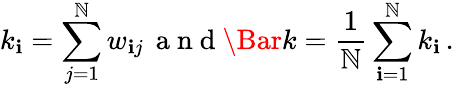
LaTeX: k_{\mathbf{i}}=\sum_{j=1}^{\mathbb{N}}w_{\mathbf{i}j}\, \mathrm{{~a~n~d~}}\Bar{k}=\frac{{1}}{{\mathbb{N}}}\sum_{\mathbf{i}=1}^{\mathbb{N}}k_{\mathbf{i}}\, .